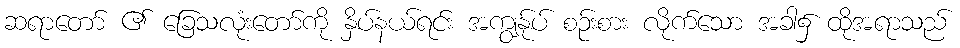
ဆရာတော် ၏ ခြေသလုံးတော်ကို နှိပ်နယ်ရင်း အကျွန်ုပ် စဉ်းစား လိုက်သော အခါ၌ ထိုအရာသည်